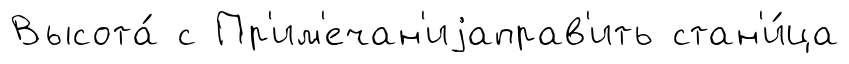
Высота́ с Пр'им'ечан'иjаправ'ить стан'и́ца